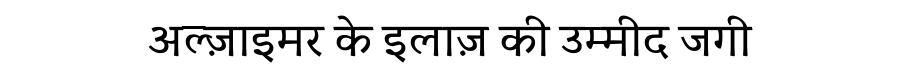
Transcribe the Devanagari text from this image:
अल्ज़ाइमर के इलाज़ की उम्मीद जगी